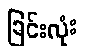
ခြင်းလုံး